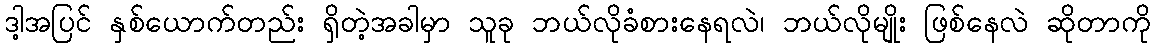
ဒါ့အပြင် နှစ်ယောက်တည်း ရှိတဲ့အခါမှာ သူခု ဘယ်လိုခံစားနေရလဲ၊ ဘယ်လိုမျိုး ဖြစ်နေလဲ ဆိုတာကို